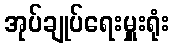
အုပ်ချုပ်ရေးမှူးရုံး